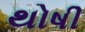
થોષી